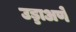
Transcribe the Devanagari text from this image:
उड्डाअणे